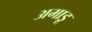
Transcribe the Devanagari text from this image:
अमाडू